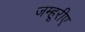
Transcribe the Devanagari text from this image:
जम्हूरीए